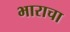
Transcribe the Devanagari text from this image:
भाराचा